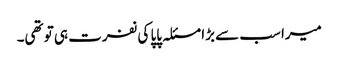
میرا سب سے بڑا مسئلہ پاپا کی نفرت ہی تو تھی۔